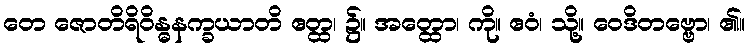
တေ ဇောတိရိဝိန္ဓနက္ခယာတိ ဧတ္ထ၊ ၌။ အတ္ထော၊ ကို။ ဧဝံ၊ သို့။ ဝေဒိတဗ္ဗော၊ ၏။